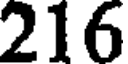
216